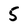
Character: 5